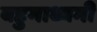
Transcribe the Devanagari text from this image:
बहुमाध्यमी